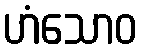
ဟံသောဝ